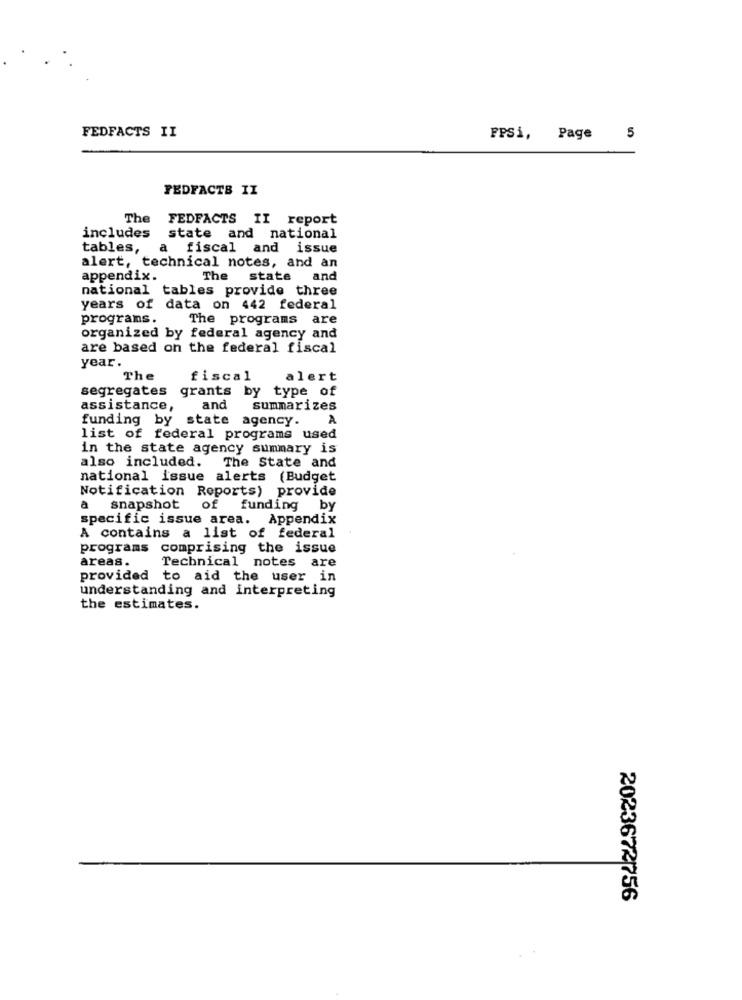
5
FEDFACTS II
FPSi, Page
FEDFACTS II
The FEDFACTS II report
includes
state and national
tables,
a fiscal and issue
alert, technical notes, and an
appendix.
The
state
and
national tables provide three
years of data on 442 federal
programs.
The programs are
organized by federal agency and
are based on the federal fiscal
year .
The
fiscal
alert
segregates grants by type of
assistance,
and
summarizes
funding by state agency.
A
list of federal programs used
in the state agency summary is
also included.
The State and
national issue alerts (Budget
Notification Reports) provide
a
snapshot
of
funding
by
specific issue area. Appendix
A contains a list of federal
programs comprising the issue
areas.
Technical notes are
provided to aid the user in
understanding and interpreting
the estimates.
2023672/756